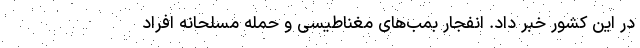
در این کشور خبر داد. انفجار بمب‌های مغناطیسی و حمله مسلحانه افراد